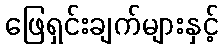
ဖြေရှင်းချက်များနှင့်